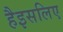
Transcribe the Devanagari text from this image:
हैइसलिए